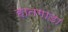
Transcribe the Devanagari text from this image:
हातगाडा